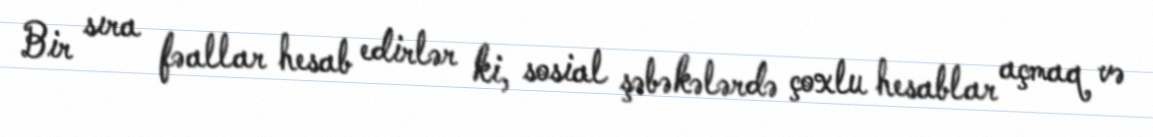
Bir sıra fəallar hesab edirlər ki, sosial şəbəkələrdə çoxlu hesablar açmaq və